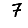
Digit: 7